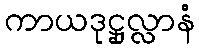
ကာယဒုဋ္ဌုလ္လာနံ